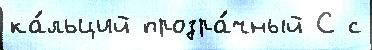
ка́льций прозра́чный С с